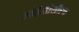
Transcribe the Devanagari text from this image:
आईसीसीएफ